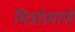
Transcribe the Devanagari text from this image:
मित्रांप्रमाणे